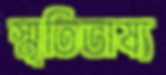
স্মৃতিভাষ্য